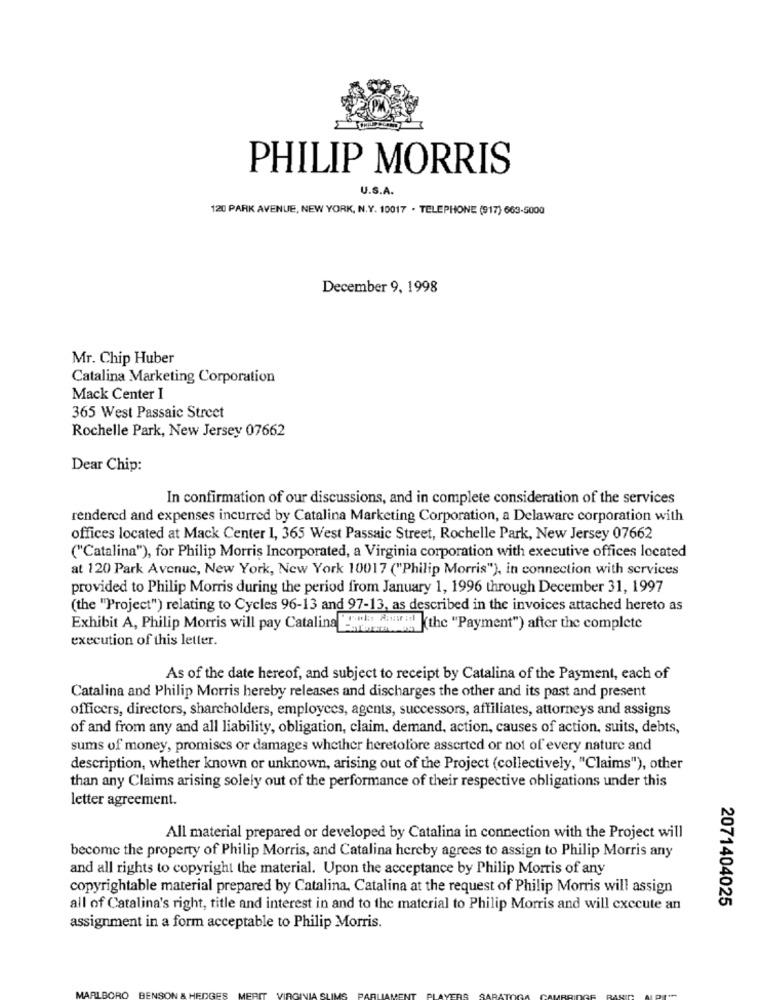
PHILIP MORRIS
U.S.A.
120 PARK AVENUE, NEW YORK, N.Y. 10017 . TELEPHONE (917) 663-5000
December 9, 1998
Mr. Chip Huber
Catalina Marketing Corporation
Mack Center I
365 West Passaic Street
Rochelle Park, New Jersey 07662
Dear Chip:
In confirmation of our discussions, and in complete consideration of the services
rendered and expenses incurred by Catalina Marketing Corporation, a Delaware corporation with
offices located at Mack Center I, 365 West Passaic Street, Rochelle Park, New Jersey 07662
("Catalina"), for Philip Morris Incorporated, a Virginia corporation with executive offices located
at 120 Park Avenue, New York, New York 10017 ("Philip Morris"), in connection with services
provided to Philip Morris during the period from January 1, 1996 through December 31, 1997
(the "Project") relating to Cycles 96-13 and 97-13, as described in the invoices attached hereto as
Exhibit A, Philip Morris will pay Catalina Lowlos sowwill (the "Payment") after the complete
execution of this letter.
As of the date hereof, and subject to receipt by Catalina of the Payment, each of
Catalina and Philip Morris hereby releases and discharges the other and its past and present
officers, directors, shareholders, employees, agents, successors, affiliates, attorneys and assigns
of and from any and all liability, obligation, claim, demand, action, causes of action, suits, debts,
sums of money, promises or damages whether heretofore asserted or not of every nature and
description, whether known or unknown, arising out of the Project (collectively, "Claims"), other
than any Claims arising solely out of the performance of their respective obligations under this
letter agreement.
All material prepared or developed by Catalina in connection with the Project will
become the property of Philip Morris, and Catalina hereby agrees to assign to Philip Morris any
and all rights to copyright the material. Upon the acceptance by Philip Morris of any
copyrightable material prepared by Catalina, Catalina at the request of Philip Morris will assign
2071404025
all of Catalina's right, title and interest in and to the material to Philip Morris and will execute an
assignment in a form acceptable to Philip Morris.
LBORO